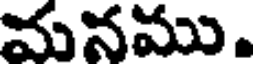
మనము.